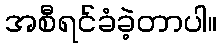
အစီရင်ခံခဲ့တာပါ။